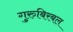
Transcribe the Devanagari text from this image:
गुरुबिरबल